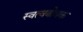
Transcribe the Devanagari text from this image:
स्वत्वबोधक